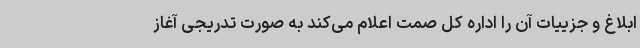
ابلاغ و جزییات آن را اداره کل صمت اعلام می‌کند به صورت تدریجی آغاز